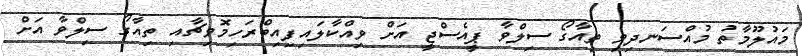
މައުލޫމާތު މުއްސަނދިވި ތިއާގޯ ސިލްވާ ޕީއެސްޖީ އަށް ވިއްކާލައިފިއިބްރަހިމޮވިޗާއި ތިއާގޯ ސިލްވާ އަށް